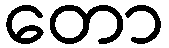
တော